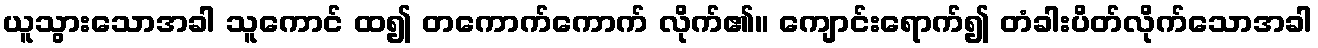
ယူသွားသောအခါ သူကောင် ထ၍ တကောက်ကောက် လိုက်၏။ ကျောင်းရောက်၍ တံခါးပိတ်လိုက်သောအခါ